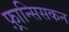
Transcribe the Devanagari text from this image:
फ़्रान्सिसकन